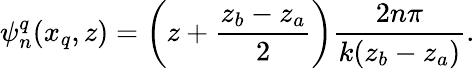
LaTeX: \psi_{n}^{q}(x_{q},z)=\left(z+\frac{z_{b}-z_{a}}{2}\right)\frac{2n\pi}{k(z_{b}-z_{a})}.